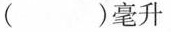
$$( )毫升$$